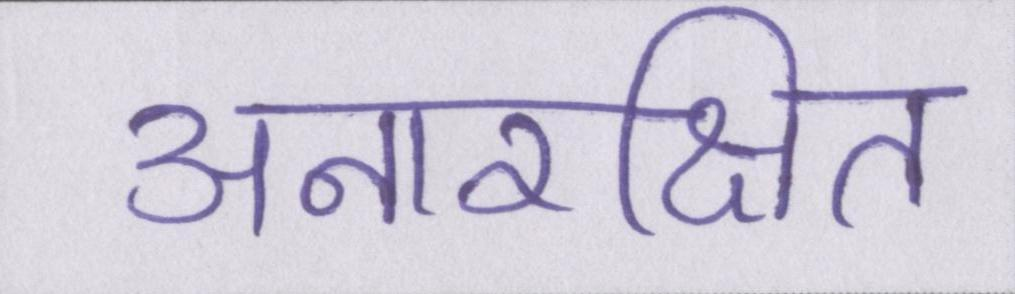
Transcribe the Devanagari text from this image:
अनारक्षित